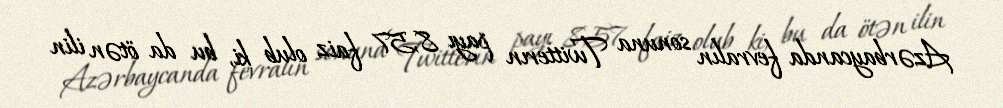
Azərbaycanda fevralın sonuna Twitterın payı 8,57 faiz olub ki, bu da ötən ilin